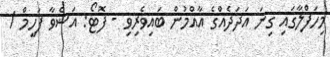
މިހަފްލާގައި ގިނަ އަދަދެއްގެ އާއްމުން ބައިވެރިވި - ފޮޓޯ: އަޝްވާ ފަހީމް /